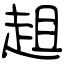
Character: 趄